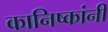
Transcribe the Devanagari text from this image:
कानिष्कांनी